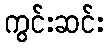
ကွင်းဆင်း